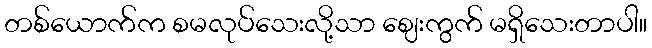
တစ်ယောက်က စမလုပ်သေးလို့သာ ဈေးကွက် မရှိသေးတာပါ။